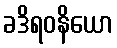
ခဒိရဝနိယော